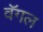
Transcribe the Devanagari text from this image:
वॅगल